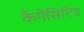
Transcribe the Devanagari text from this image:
कैपेसिटिव